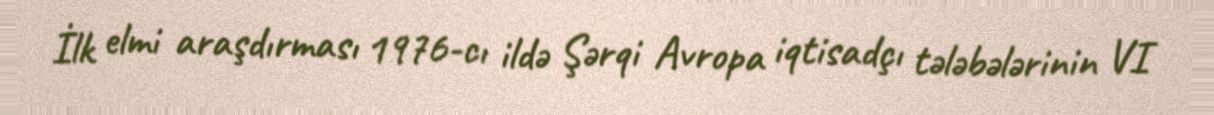
İlk elmi araşdırması 1976-cı ildə Şərqi Avropa iqtisadçı tələbələrinin VI